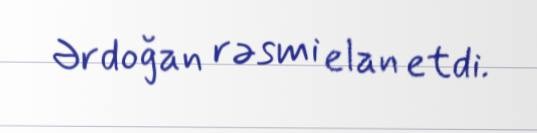
Ərdoğan rəsmi elan etdi.